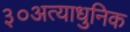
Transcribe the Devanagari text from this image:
३०अत्याधुनिक